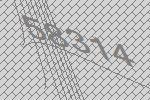
58314